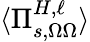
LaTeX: \langle\Pi_{s,\Omega\Omega}^{H,\ell}\rangle